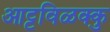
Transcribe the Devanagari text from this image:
आट्टविळक्कु